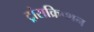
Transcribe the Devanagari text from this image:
ट्रांसक्रिप्‍शन